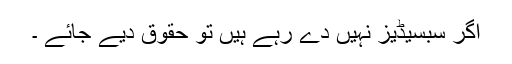
اگر سبسیڈیز نہیں دے رہے ہیں تو حقوق دیے جائے ۔